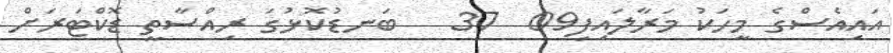
އައިއެސްގެ މީހަކު މަރާލައިފި09  37   ބަނޑުކޮޅުގަ ރިއްސާތީ ޑޮކްޓަރަށް